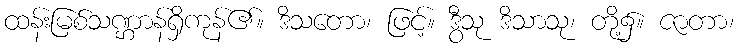
ထန်းမြစ်သဏ္ဌာန်ရှိကုန်၏။ ဒိသတော၊ ဖြင့်။ ဒွီသု ဒိသာသု၊ တို့၌။ ဇာတာ၊